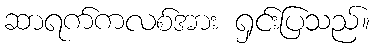
ဆာရက်ကလစ်အား ရှင်းပြသည်။